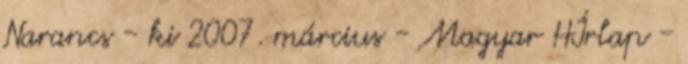
Narancs - ki 2007. március - Magyar HÍrlap -